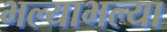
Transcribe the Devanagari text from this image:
भल्याभल्या